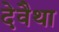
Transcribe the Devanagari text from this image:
देवैथा